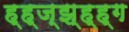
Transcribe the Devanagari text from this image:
ह्ह्ज्झ्ह्ह्ग